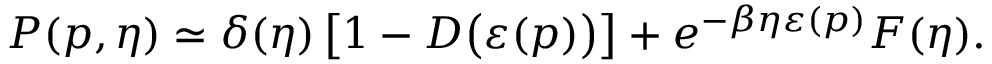
P ( \boldsymbol { p } , \eta ) \simeq \delta ( \eta ) \left[ 1 - D \big ( \varepsilon ( \boldsymbol { p } ) \big ) \right] + e ^ { - \beta \eta \varepsilon ( \v { p } ) } F ( \eta ) .